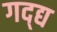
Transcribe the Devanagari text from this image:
गद्द्य